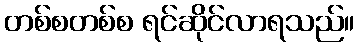
တစ်စတစ်စ ရင်ဆိုင်လာရသည်။